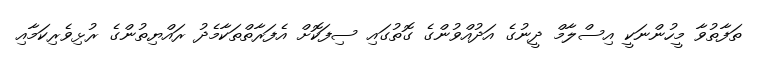
ތަފާތުވާ މީހުންނަކީ އިސްލާމް ދީނުގެ އަދުއްވުންގެ ގޮތުގައި ސިފަކޮށް އެފަރާތްތަކާމެދު ރައްޔިތުންގެ ރުޅިވެރިކަމާއި